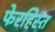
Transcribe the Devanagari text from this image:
फेरहिस्त